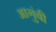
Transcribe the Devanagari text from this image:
आगुंबी